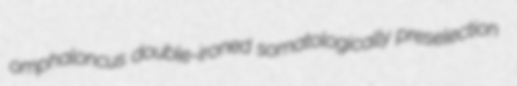
omphaloncus double-ironed somatologically preselection